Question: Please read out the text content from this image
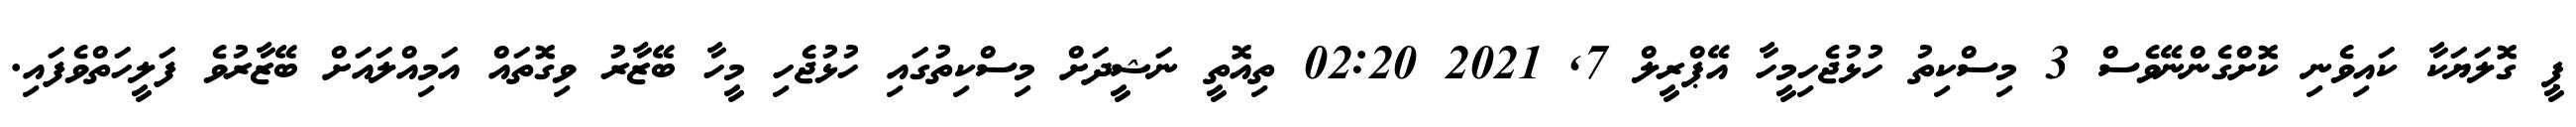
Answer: ޕީ ގޮލަޔަކާ ކައިވެނި ކޮށްގެންނޭވެސް 3 މިސްކިތު ހުޅުޖެހިމީހާ އޭޕްރީލް 7, 2021 02:20 ތިއޮތީ ނަޝީދަށް މިސްކިތުގައި ހުޅުޖެހި މީހާ ބޭޒާރު ވިގޮތައް އަމިއްލައަށް ބޭޒާރުވެ ފަލީހަތްވެފައި.